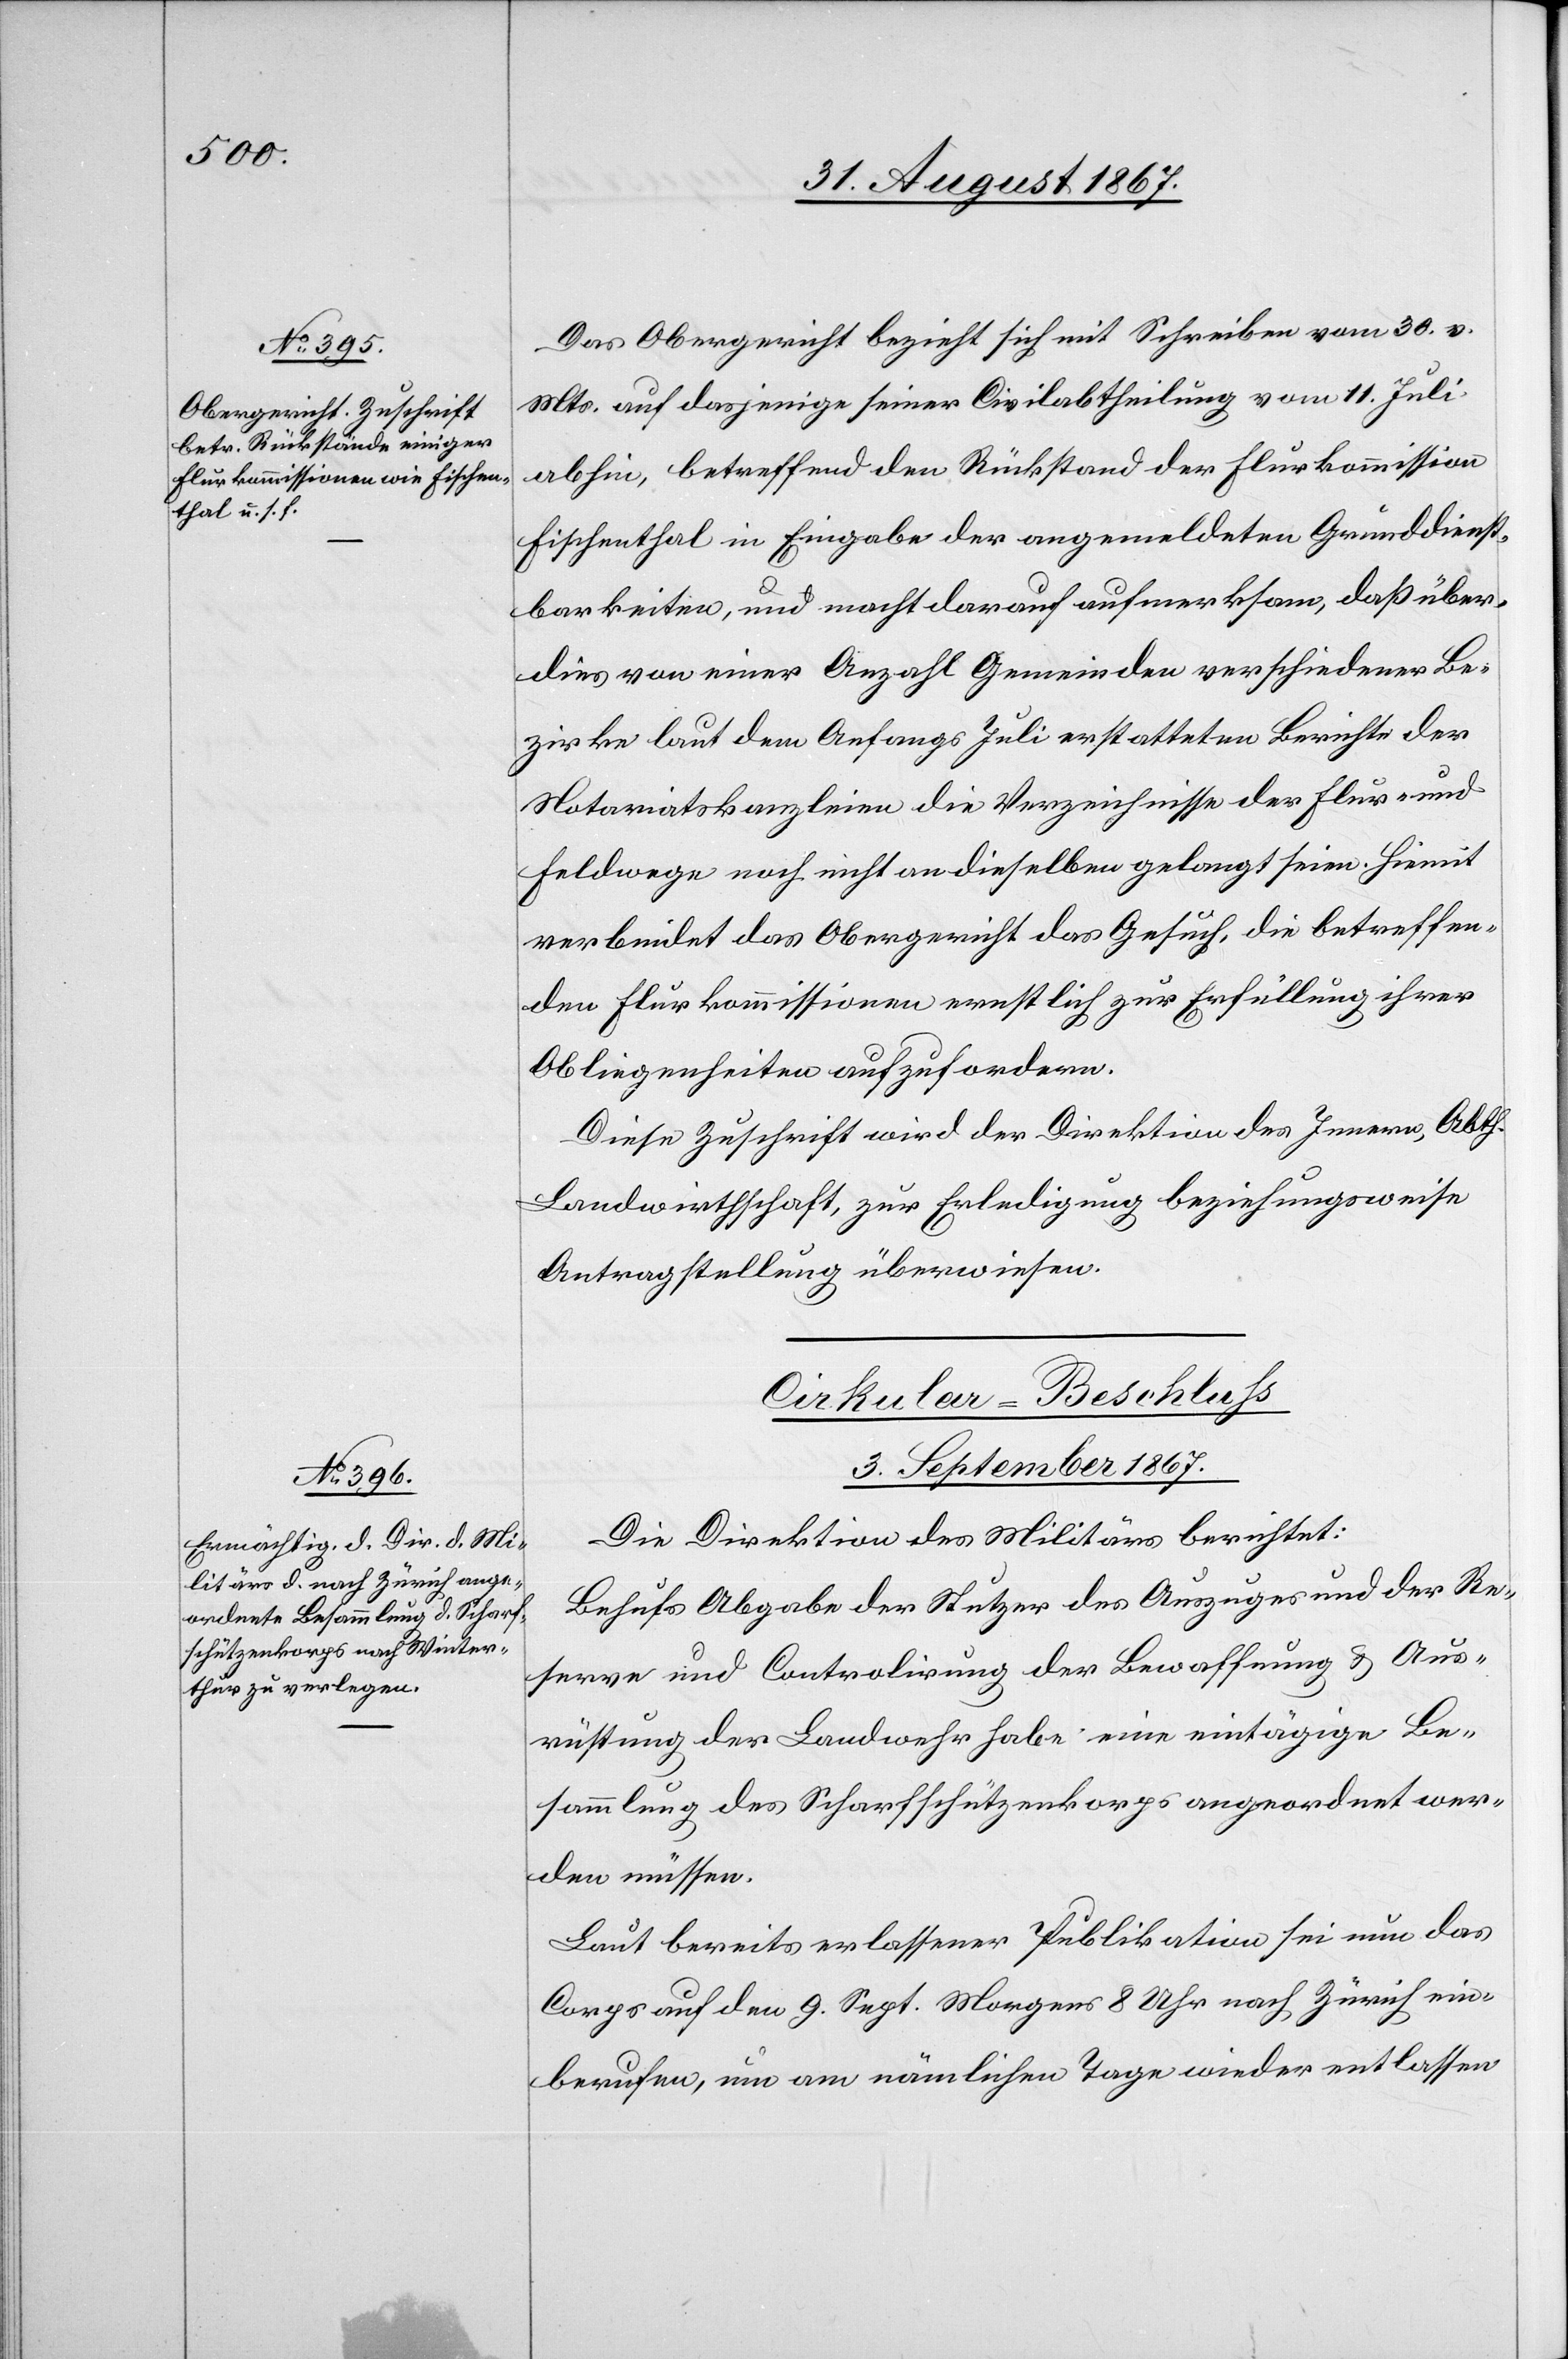
Das Obergericht bezieht sich mit Schreiben vom 30. v.
Mts. auf dasjenige seiner Civilabtheilung vom 11. Juli
abhin, betreffend den Rückstand der Flurkommission
Fischenthal in Eingabe der angemeldeten Grunddienst¬
barkeiten, und macht darauf aufmerksam, daß über¬
dies von einer Anzahl Gemeinden verschiedener Be¬
zirke laut dem Anfangs Juli erstatteten Berichte der
Notariatskanzleien die Verzeichnisse der Flur- und
Feldwege noch nicht an dieselben gelangt seien. Hiemit
verbindet das Obergericht das Gesuch, die betreffen¬
den Flurkommissionen ernstlich zur Erfüllung ihrer
Obliegenheiten aufzufordern.
Diese Zuschrift wird der Direktion des Innern, Abth.
Landwirthschaft, zur Erledigung beziehungsweise
Antragstellung überwiesen.
Cirkular-Beschluß.
3. September 1867.
Die Direktion des Militärs berichtet:
Behufs Abgabe der Stutzer des Auszuges und der Re¬
serve und Controlirung der Bewaffnung u. Aus¬
rüstung der Landwehr habe eine eintägige Be¬
sammlung des Scharfschützenkorps angeordnet wer¬
den müssen.
Laut bereits erlassener Publikation sei nun das
Corps auf den 9. Sept. Morgens 8 Uhr nach Zürich ein¬
berufen, um am nämlichen Tage wieder entlassen